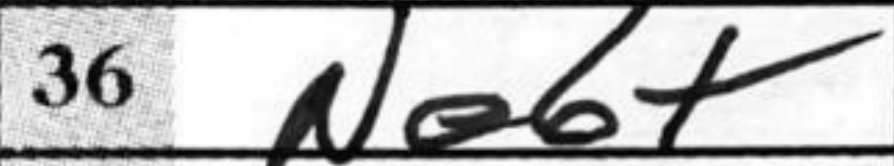
Transcription: Ne6+